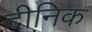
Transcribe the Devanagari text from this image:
दीनिक